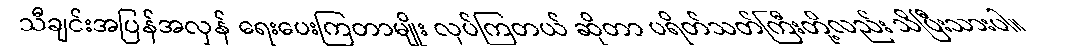
သီချင်းအပြန်အလှန် ရေးပေးကြတာမျိုး လုပ်ကြတယ် ဆိုတာ ပရိတ်သတ်ကြီးတို့လည်း သိပြီးသားပါ။